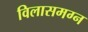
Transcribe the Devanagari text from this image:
विलासमग्न